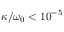
\kappa / \omega _ { 0 } < 1 0 ^ { - 5 }